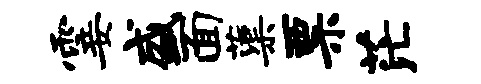
霎盛面蕖票茫